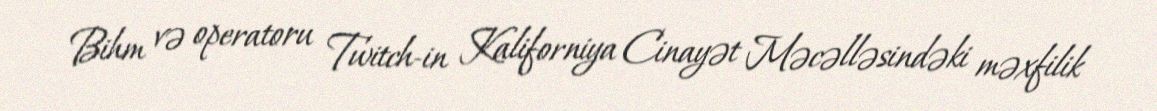
Bihm və operatoru Twitch-in Kaliforniya Cinayət Məcəlləsindəki məxfilik